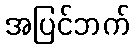
အပြင်ဘက်